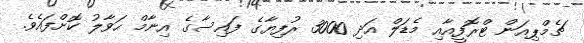
ޗެމްޕިއަން ޓްރޮފީއާއި މެޑަލް އަދި 3000 ރުފިޔާގެ ފައިސާގެ އިނާމް ޙަވާލު ކޮށްފައެވެ.